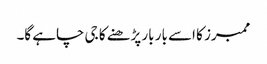
ممبرز کا اسے بار بار پڑھنے کا جی چاہے گا۔